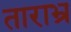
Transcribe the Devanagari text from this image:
ताराभ्र